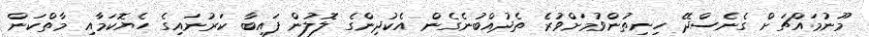
މޫނުމައްޗަށް ގެނެސްދޭ ހިނިތުންވުމަށްވުރެ ތެދުއްބުނެގެން އެކުދިންގެ ލޮލުން ފައިބާ ކަރުނައިގެ ހެޔޮކަމާއި މާތްކަން